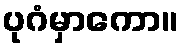
ပုဂံမှာကော။